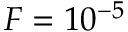
F = 1 0 ^ { - 5 }